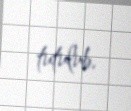
tutulub.